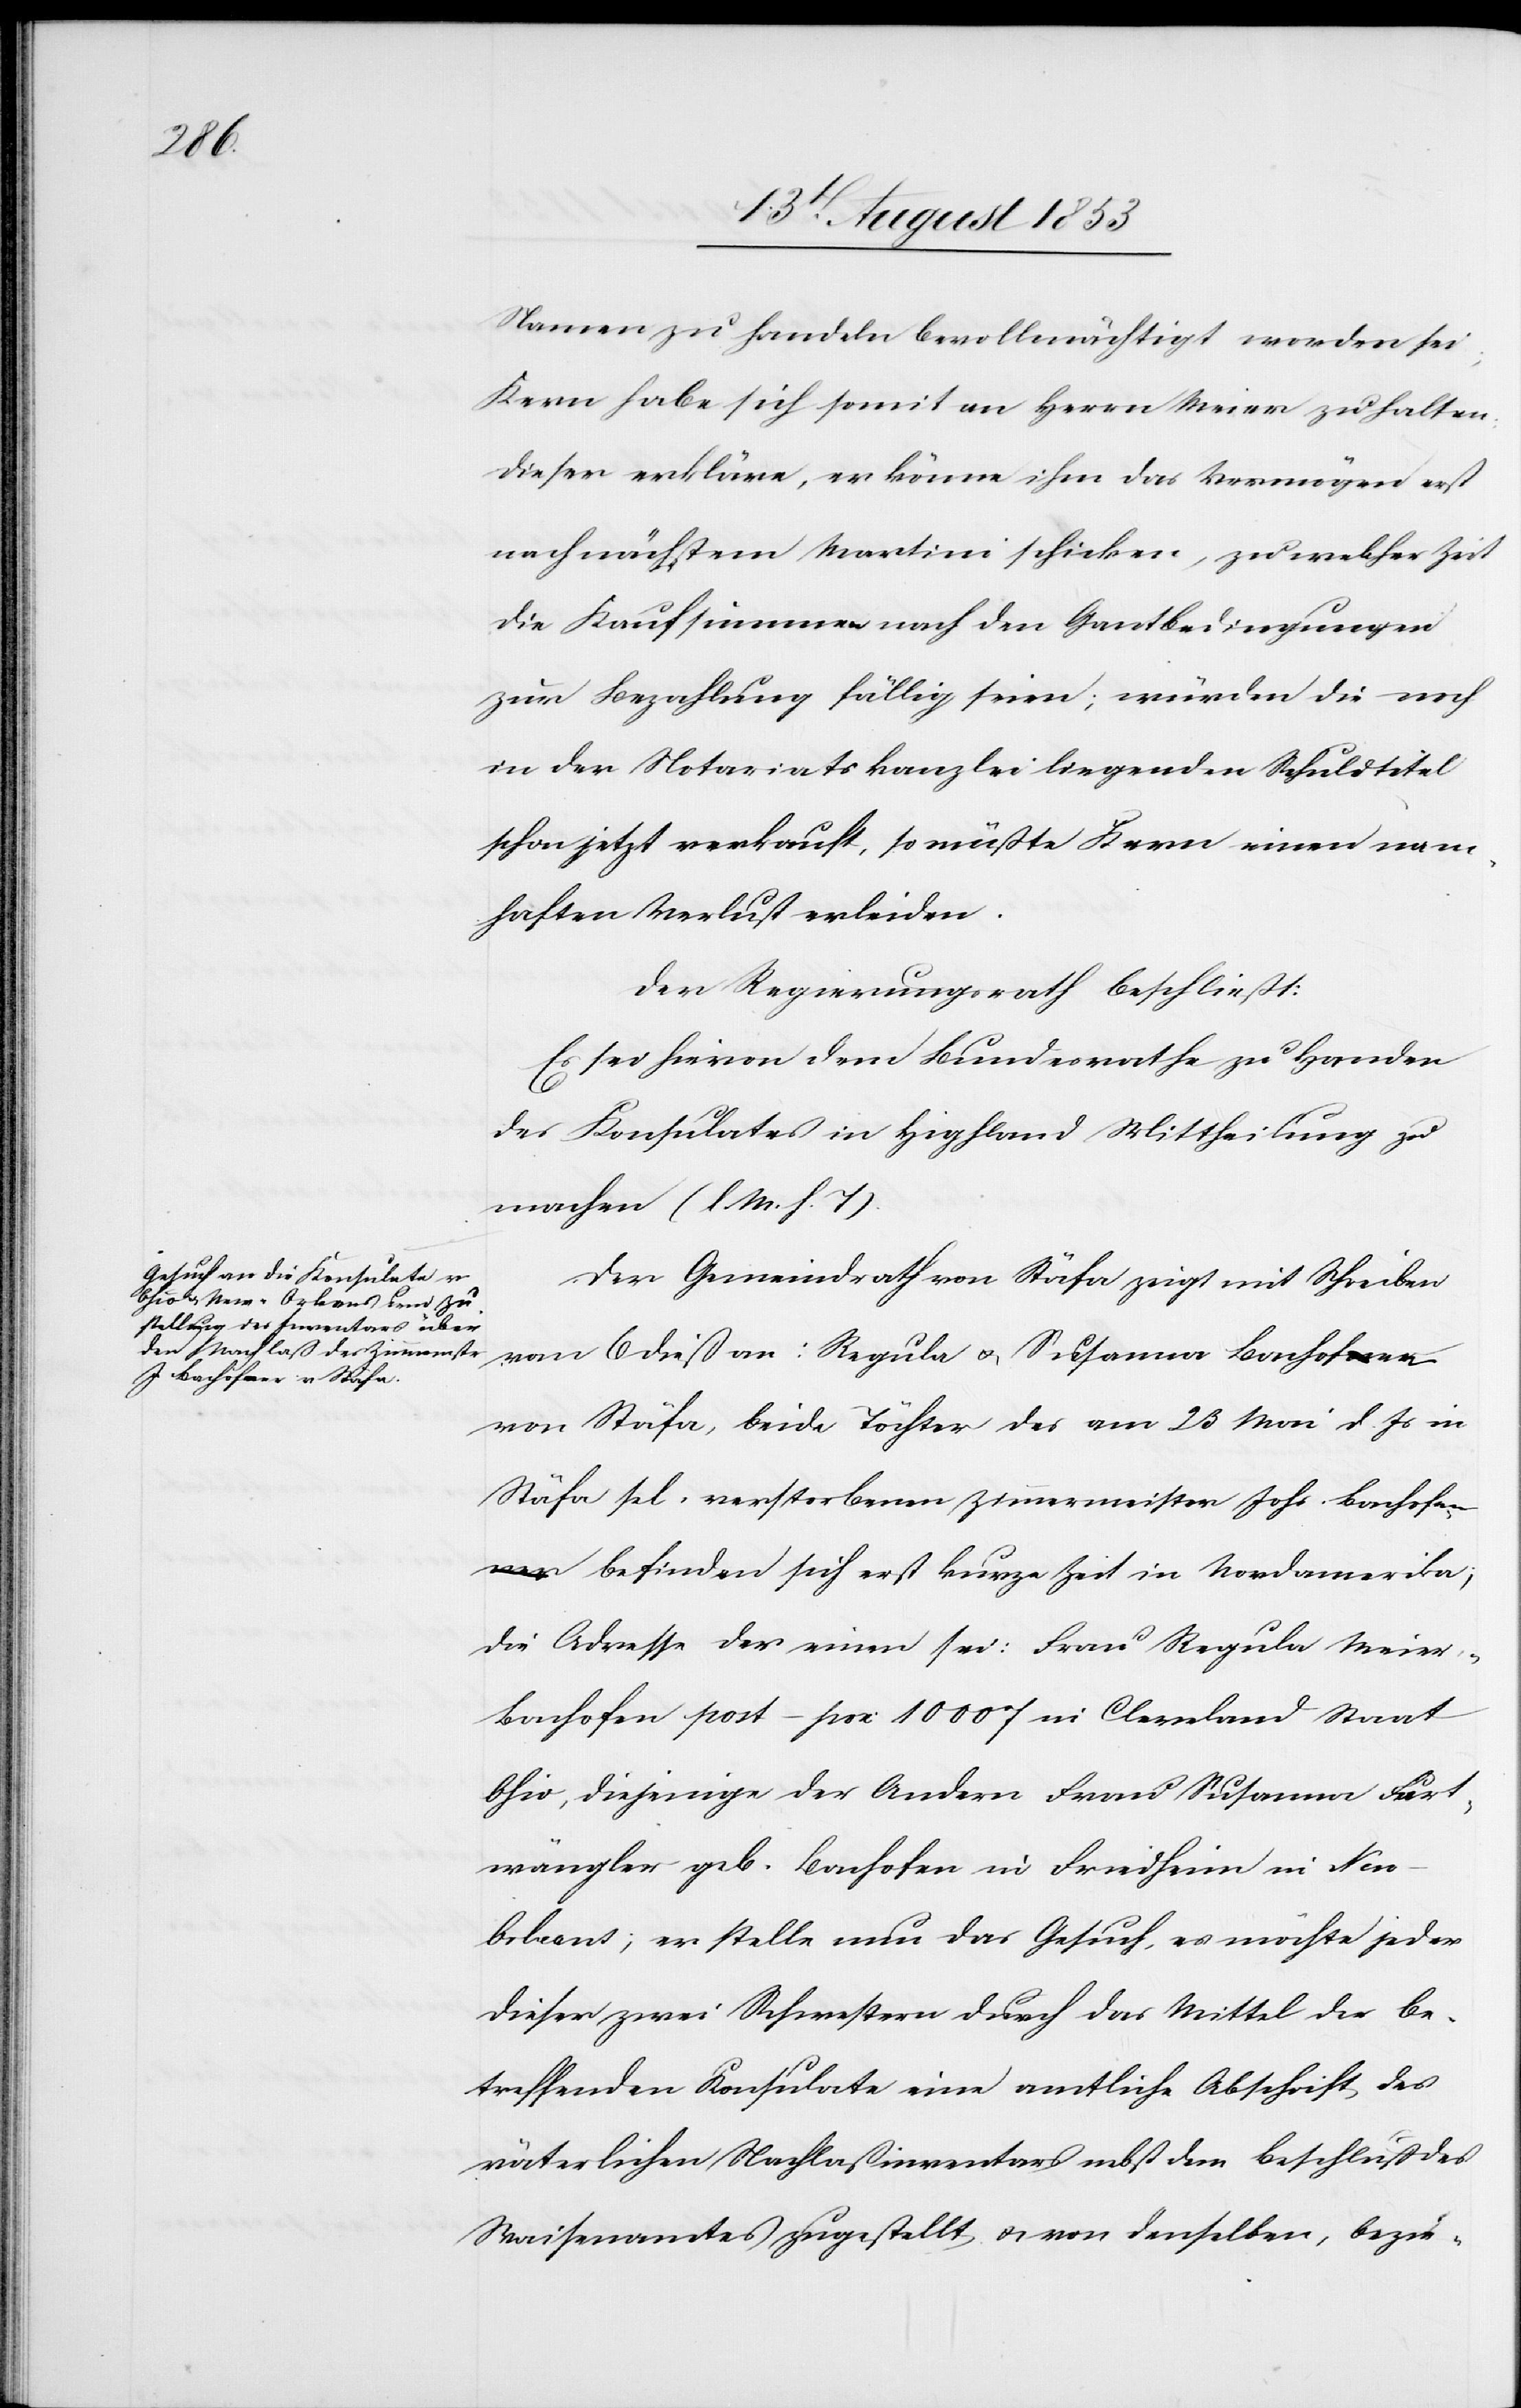
Namen zu handeln bevollmächtigt worden sei.
Kern habe sich somit an Herrn Meier zu halten,
dieser erkläre, er könne ihm das Vermögen erst
nach nächstem Martini schicken, zu welcher Zeit
die Kaufsummen nach den Gantbedingungen
zur Bezahlung fällig seien; würden die noch
in der Notariatskanzlei liegenden Schuldtitel
schon jetzt verkauft, so müßte Kern einen nam¬
haften Verlust erleiden.
Der Regierungsrath beschließt:
Es sei hievon dem Bundesrathe zu Handen
des Konsulates in Hipfland Mittheilung zu
machen. [l. M. h. T]
Der Gemeindrath Stäfa zeigt mit Schreiben
vom 6 dieß an: Regula u. Susanna Bachofen
von Stäfa, beide Töchter des am 23 Mai d. Js. in
Stäfa sel. verstorbenen Zimmermeister Johs. Bachofe¬
n befinden sich erst kurze Zeit in Nordamerika;
die Adresse der einen sei: Frau Regula Meie¬
r-Bachofen post–[?pox] 10007 in Cleveland Staat
Ohio, diejenige der Andern Frau Susanna Furt¬
wängler geb. Bachofen in Friedheim in Ne¬
w-Orleans; er stelle nun das Gesuch, es möchte jeder
dieser zwei Schwestern durch das Mittel der be¬
treffenden Konsulate eine amtliche Abschrift des
väterlichen Nachlaßinventars nebst dem Beschluß des
Waisenamtes zugestellt, u. von denselben, bezie-